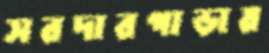
সরদারপাড়ায়